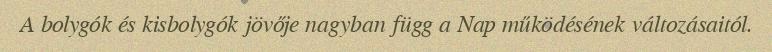
A bolygók és kisbolygók jövője nagyban függ a Nap működésének változásaitól.